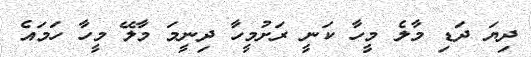
ދިޔަ ދަޑި މާލެ މީހާ ކަނީ ރަށުމީހާ ދިނީމަ މާލޭ މީހާ ހަމައެ